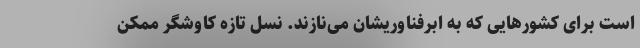
است برای کشورهایی که به ابرفناوریشان می‌نازند. نسل تازه کاوشگر ممکن